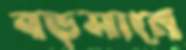
বড়সানে